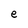
Character: e